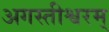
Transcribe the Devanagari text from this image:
अगस्तीश्वरम्